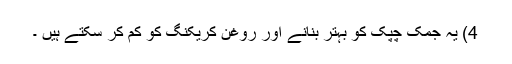
4) یہ جمک چپک کو بہتر بنانے اور روغن کریکنگ کو کم کر سکتے ہیں ۔